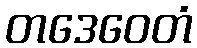
တဒေဝေတံ